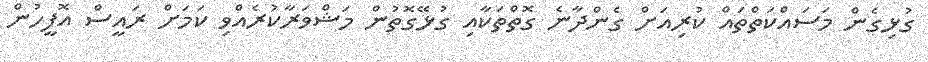
ގުޅިގެން މަސައްކަތްތައް ކުރިއަށް ގެންދާނެ ގޮތްތަކާއި ގުޅޭގޮތުން މަޝްވަރާކުރެއްވި ކަމަށް ރައީސް އޮފީހުން